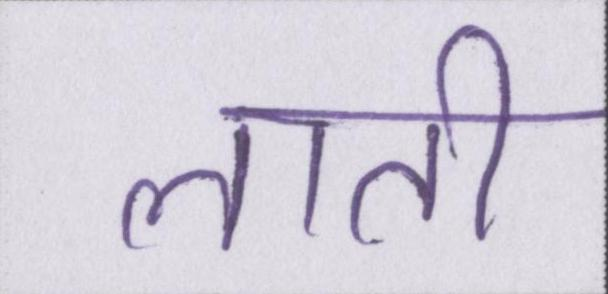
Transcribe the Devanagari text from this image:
लाती